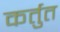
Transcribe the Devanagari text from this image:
कर्तुत